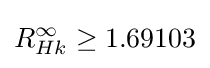
R_{Hk}^{\infty }\geq 1.69103